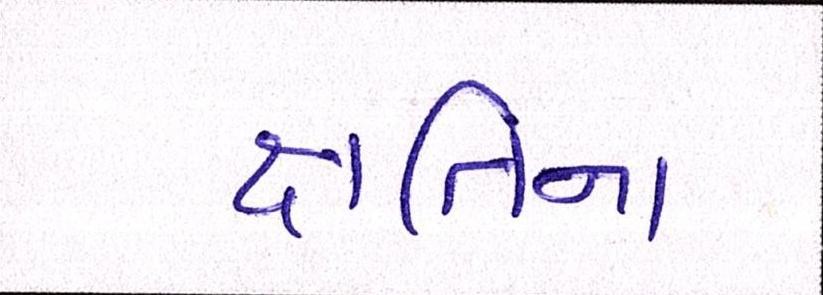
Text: ક્ષતિના